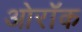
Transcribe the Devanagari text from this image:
ओरॉक